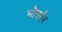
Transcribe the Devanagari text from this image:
सौर्कार